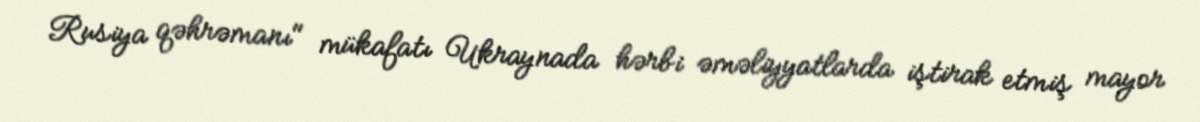
Rusiya qəhrəmanı" mükafatı Ukraynada hərbi əməliyyatlarda iştirak etmiş mayor